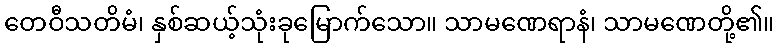
တေဝီသတိမံ၊ နှစ်ဆယ့်သုံးခုမြောက်သော။ သာမဏေရာနံ၊ သာမဏေတို့၏။